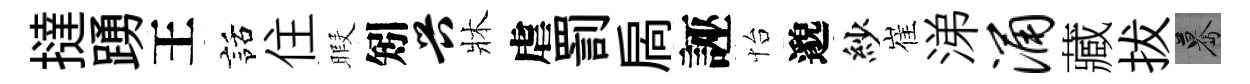
撻踴王話住暇矧兴牀虐罰扄誣怡邈紗崔涕涌藏拔驀